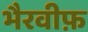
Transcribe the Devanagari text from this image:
भैरवीफ़